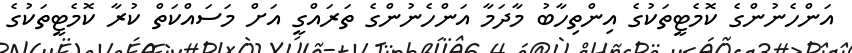
އަންހެނުންގެ ކޮމެޓީތަކުގެ އިންތިހާބު މާދަމާ އަންހެނުންގެ ތަރައްގީ އަށް މަސައްކަތް ކުރާ ކޮމެޓީތަކުގެ